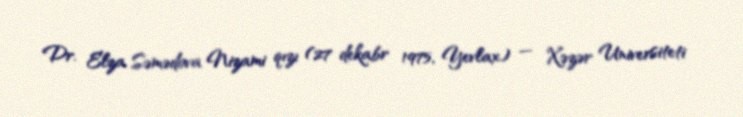
Dr. Elza Səmədova Nizami qızı (27 dekabr 1975, Yevlax) — Xəzər Universiteti